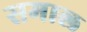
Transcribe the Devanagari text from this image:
समाल